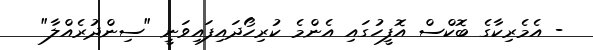
- އެމެރިކާގެ ބޮކްސް އޮފީހުގައި އެންމެ ކުރިހޯދައިފައިވަނީ "ސިންދުރެއްލާ"